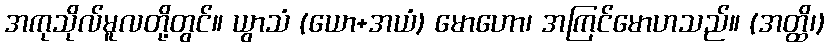
အကုသိုလ်မူလတို့တွင်။ ယွာသံ (ယော+အယံ) မောဟော၊ အကြင်မောဟသည်။ (အတ္ထိ၊)